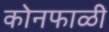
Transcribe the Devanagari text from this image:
कोनफाळी